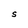
Character: S